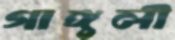
গাঙ্গুলী